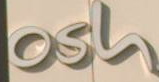
osh